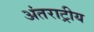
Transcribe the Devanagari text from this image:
अंतराट्रीय